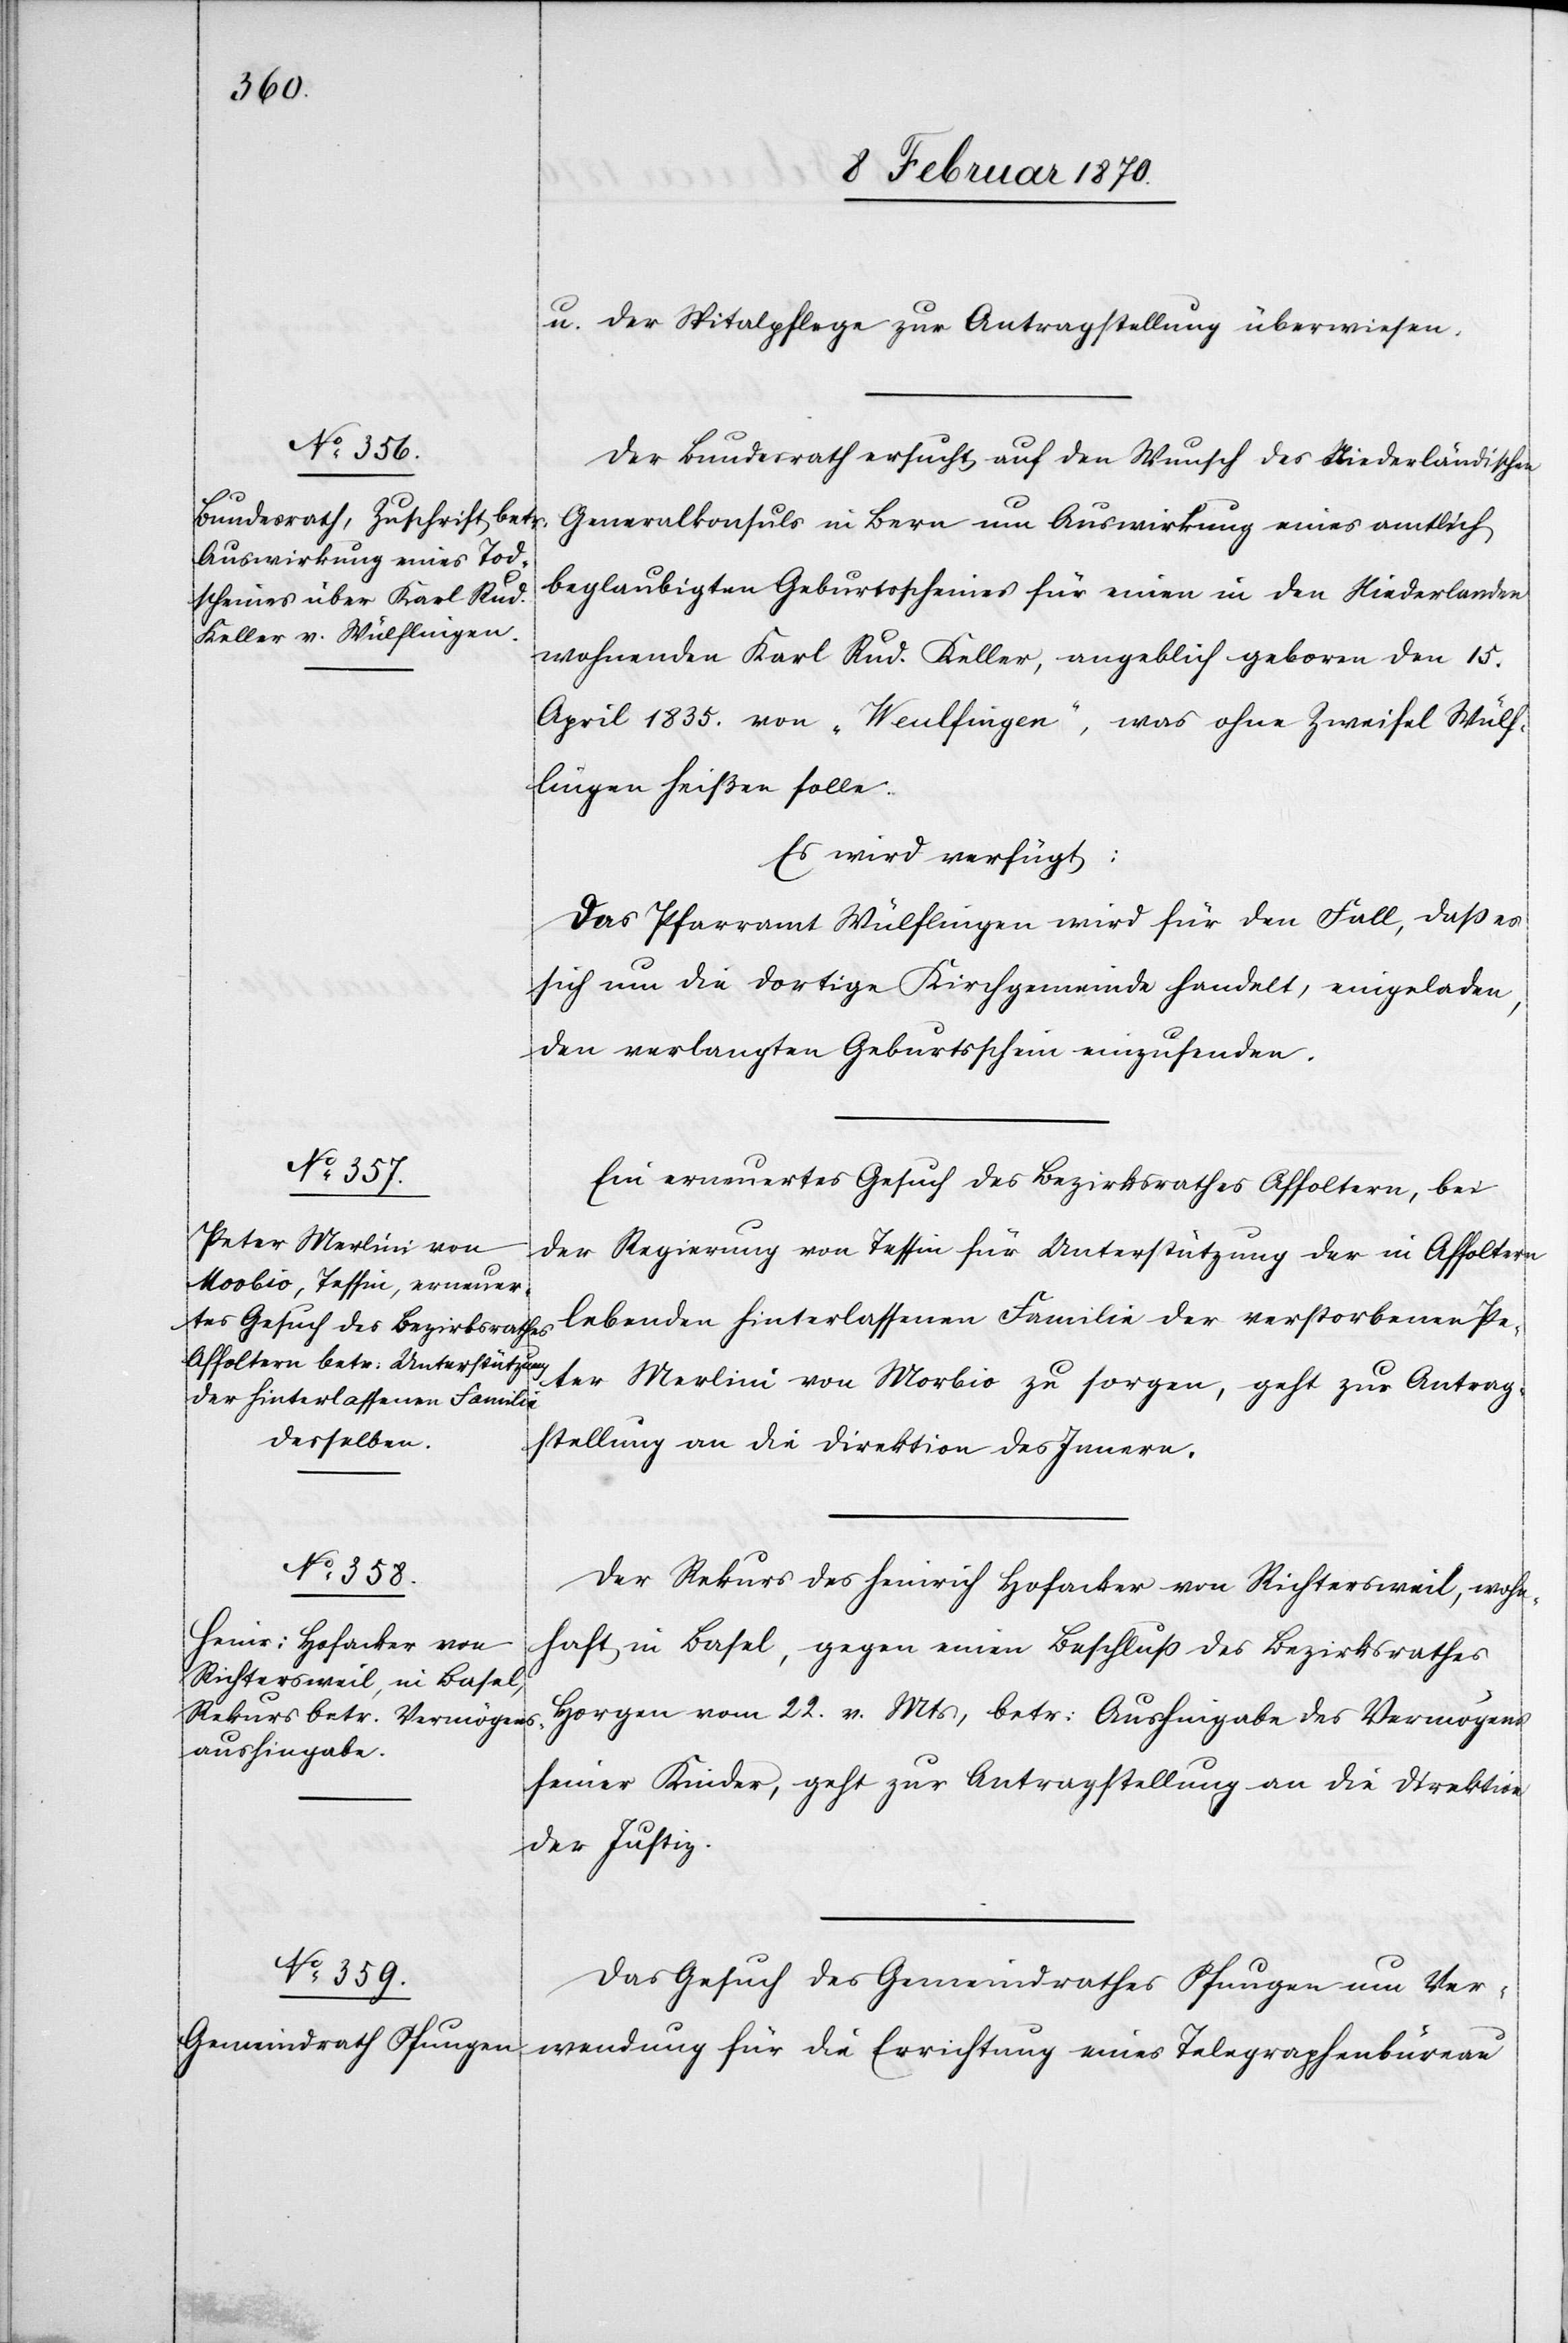
8. Februar 1870.]
u. der Spitalpflege zur Antragstellung überwiesen.
Der Bundesrath ersucht auf den Wunsch des niederländischen
Generalkonsuls in Bern um Auswirkung eines amtlich
beglaubigten Geburtsscheines für einen in den Niederlanden
wohnenden Karl Rud. Keller, angeblich geboren den 15.
April 1835. von „Weulfingen“, was ohne Zweifel Wülf¬
lingen heißen solle.
Es wird verfügt:
Das Pfarramt Wülflingen wird für den Fall, daß es
sich um die dortige Kirchgemeinde handelt, eingeladen,
den verlangten Geburtsschein einzusenden.
Ein erneuertes Gesuch des Bezirksrathes Affoltern, bei
der Regierung von Tessin für Unterstützung der in Affoltern
lebenden hinterlassenen Familie der [sic!] verstorbenen Pe¬
ter Merlini von Morbio zu sorgen, geht zur Antrag¬
stellung an die Direktion des Innern.
Der Rekurs des Heinrich Hofacker von Richtersweil, wohn¬
haft in Basel, gegen einen Beschluß des Bezirksrathes
Horgen vom 22. v. Mts, betr: Aushingabe des Vermögens
seiner Kinder, geht zur Antragstellung an die Direktion
der Justiz.
Das Gesuch des Gemeindrathes Pfungen um Ver¬
wendung für die Errichtung eines Telegraphenbüreau